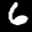
Label: 6